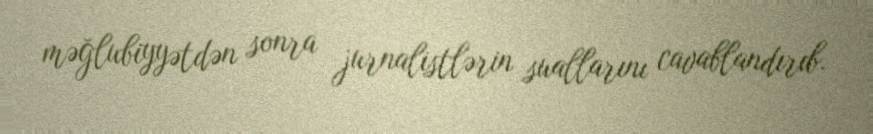
məğlubiyyətdən sonra jurnalistlərin suallarını cavablandırıb.